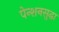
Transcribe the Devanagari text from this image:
पेन्शनसुद्धा